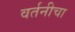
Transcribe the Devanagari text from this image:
वर्तनीचा